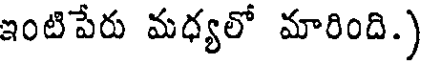
ఇంటిపేరు మధ్యలో మారింది.)